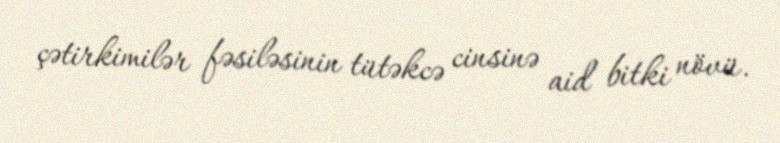
çətirkimilər fəsiləsinin tütəkcə cinsinə aid bitki növü.